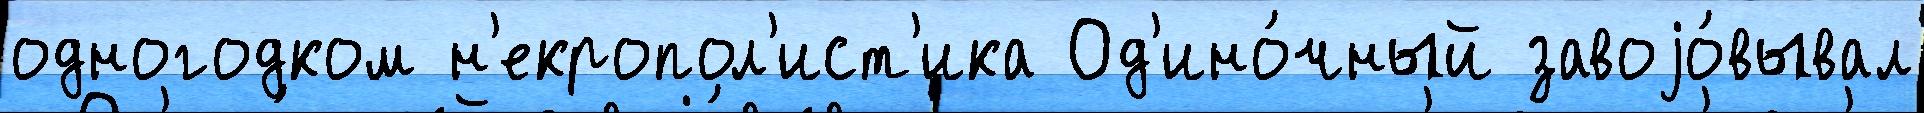
одногодком н'екропол'ист'ика Од'ино́чный завоjо́вывал